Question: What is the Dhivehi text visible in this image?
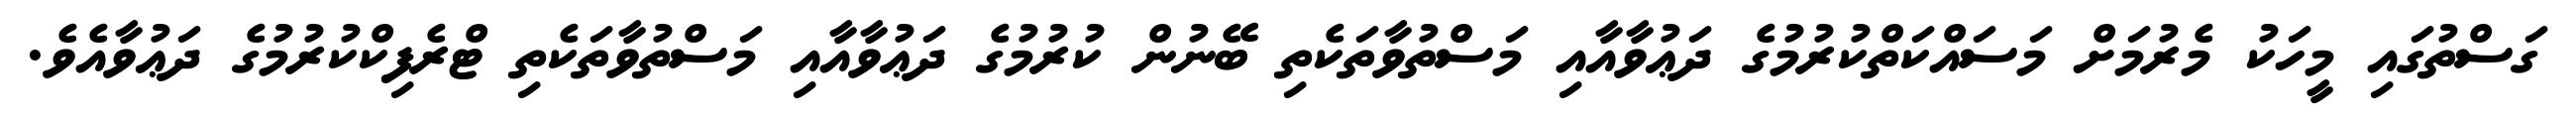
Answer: ގަސްތުގައި މީހަކު މެރުމަށް މަސައްކަތްކުރުމުގެ ދަޢުވާއާއި މަސްތުވާތަކެތި ބޭނުން ކުރުމުގެ ދަޢުވާއާއި މަސްތުވާތަކެތި ޓްރެފިކްކުރުމުގެ ދަޢުވާއެވެ.